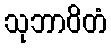
သုဘာဝိတံ